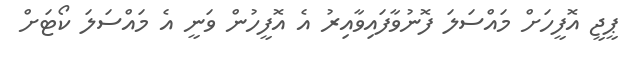
ޕީޖީ އޮފީހަށް މައްސަލަ ފޮނުވާފައިވާއިރު އެ އޮފީހުން ވަނީ އެ މައްސަލަ ކޯޓަށް